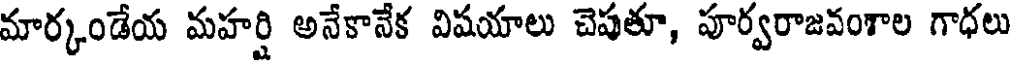
మార్కండేయ మహర్షి అనేకానేక విషయాలు చెపుతూ, పూర్వరాజవంశాల గాధలు